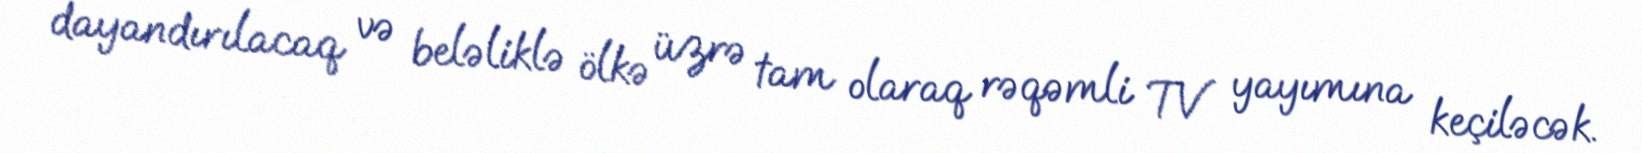
dayandırılacaq və beləliklə ölkə üzrə tam olaraq rəqəmli TV yayımına keçiləcək.